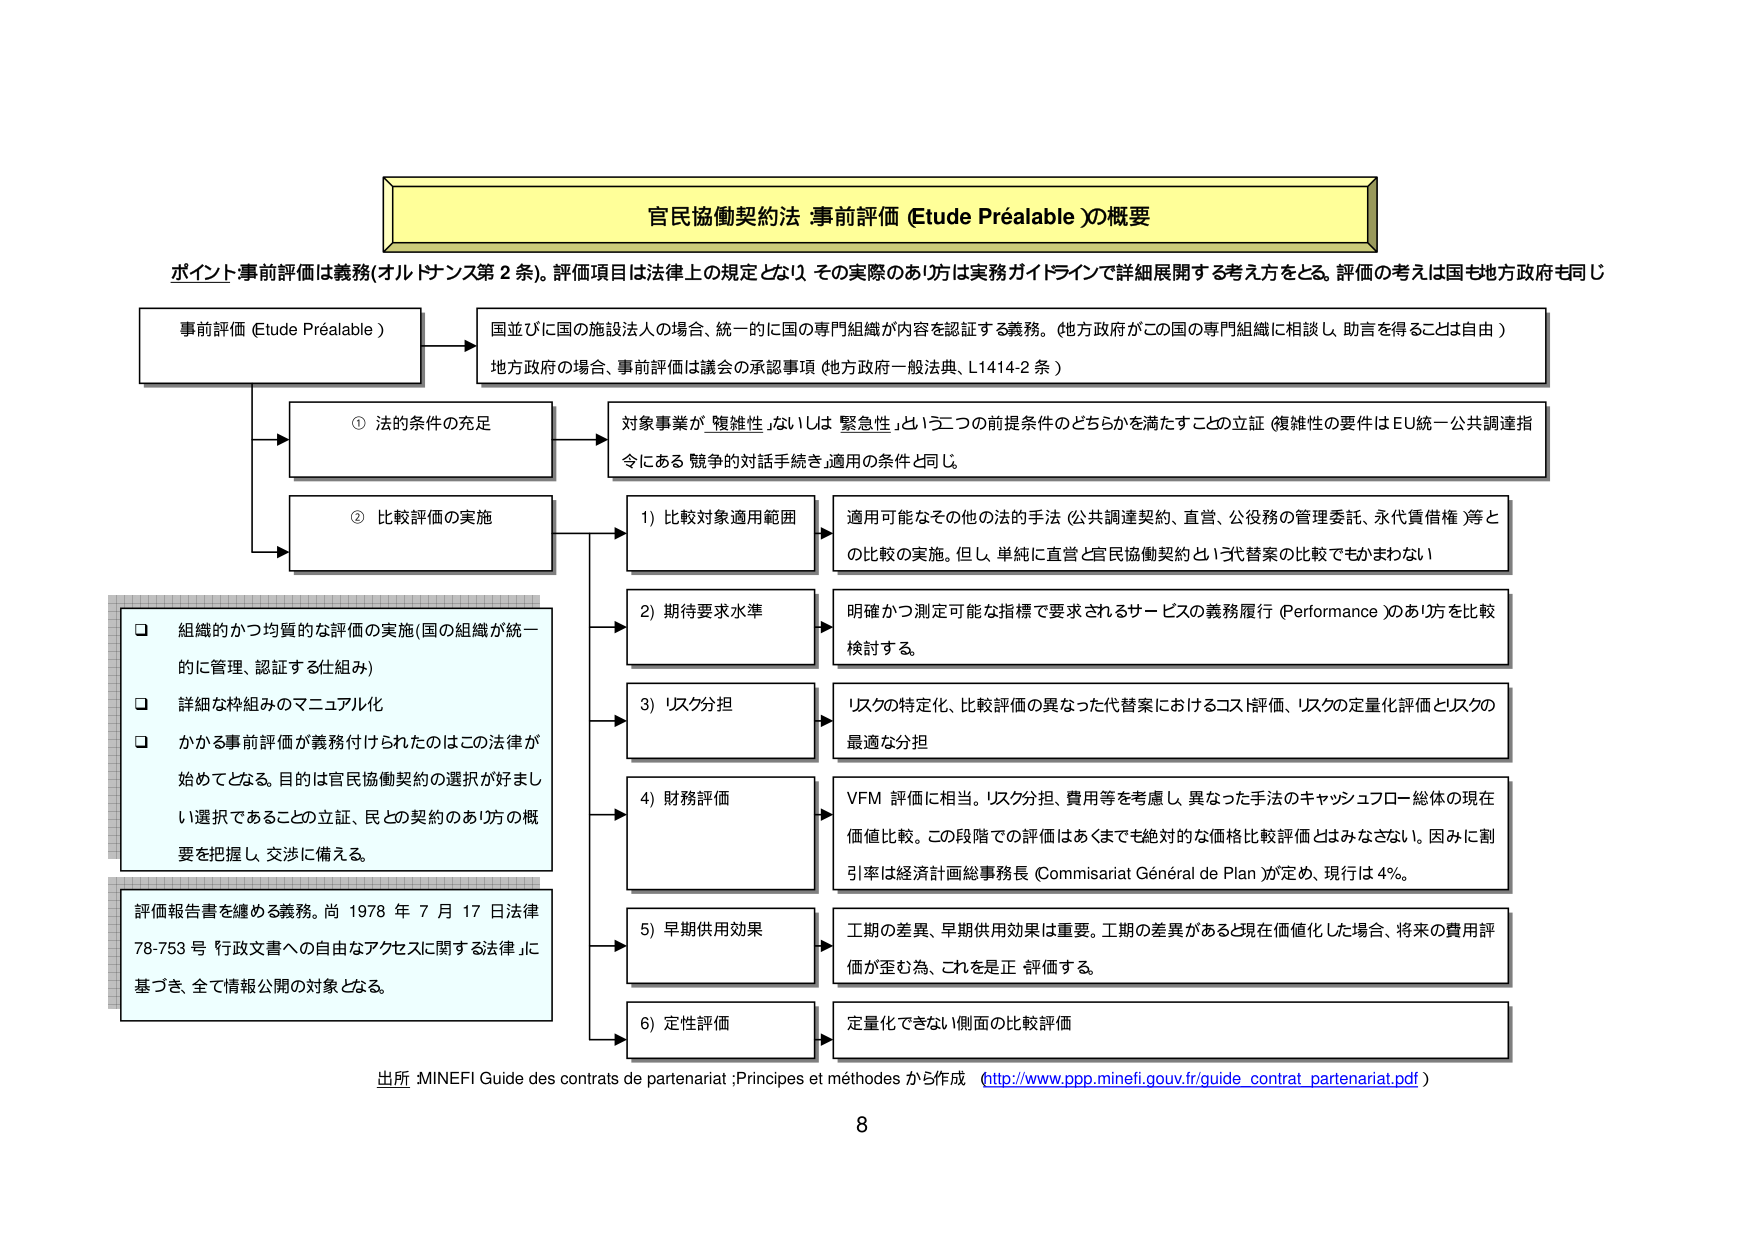
官民協働契約法 事前評価 (Etude Préalable )の概要

ポイント 事前評価は義務(オルトサンス第2条)。評価項目は法律上の規定となり、その実際のあり方は実務ガイドラインで詳細展開する考え方をとる。評価の考えは国も地方政府も同じ

事前評価 (Etude Préalable )

国並びに国の施設法人の場合、統一的に国の専門組織が内容を認証する義務。(地方政府がこの国の専門組織に相談し、助言を得ることは自由)
地方政府の場合、事前評価は議会の承認事項 (地方政府一般法典、L1414-2条)

① 法的条件の充足
→ 対象事業が「複雑性」ないしは「緊急性」という二つの前提条件のどちらかを満たすことの立証（複雑性の要件はEU統一公共調達指令にある「競争的対話手続き」適用の条件と同じ）

② 比較評価の実施
→ 1) 比較対象適用範囲
→ 適用可能なその他の法的手法（公共調達契約、直営、公役務の管理委託、永代賃借権等）との比較の実施。但し、単純に直営と官民協働契約という代替案の比較でもかまわない

→ 2) 期待要求水準
→ 明確かつ測定可能な指標で要求されるサービスの義務履行（Performance）のあり方を比較検討する。

→ 3) リスク分担
→ リスクの特定化、比較評価の異なった代替案におけるコスト評価、リスクの定量化評価とリスクの最適な分担

→ 4) 財務評価
→ VFM評価に相当。リスク分担、費用等を考慮し、異なった手法のキャッシュフロー総体の現在価値比較。この段階での評価はあくまでも絶対的な価格比較評価とはみなさない。因みに割引率は経済計画総事務長（Commissariat Général de Plan）が定め、現行は4%。

→ 5) 早期供用効果
→ 工期の差異、早期供用効果は重要。工期の差異があると現在価値化した場合、将来の費用評価が歪む為、これを是正評価する。

→ 6) 定性評価
→ 定量化できない側面の比較評価

□ 組織的かつ均質的な評価の実施（国の組織が統一的に管理、認証する仕組み）
□ 詳細な枠組みのマニュアル化
□ かかる事前評価が義務付けられたのはこの法律が始めてとなる。目的は官民協働契約の選択が好ましい選択であることの立証、民との契約のあり方の概要を把握し、交渉に備える。

評価報告書を纏める義務。尚、1978年7月17日法律78-753号「行政文書への自由なアクセスに関する法律」に基づき、全て情報公開の対象となる。

出所 MINEFI Guide des contrats de partenariat ; Principes et méthodes から作成 (http://www.ppp.minefi.gouv.fr/guide_contrat_partenariat.pdf)

8